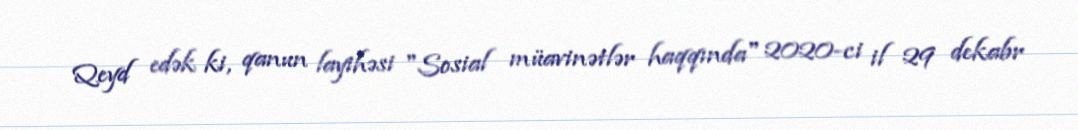
Qeyd edək ki, qanun layihəsi "Sosial müavinətlər haqqında" 2020-ci il 29 dekabr